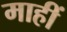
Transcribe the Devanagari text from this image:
माहीं